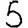
Digit: 5